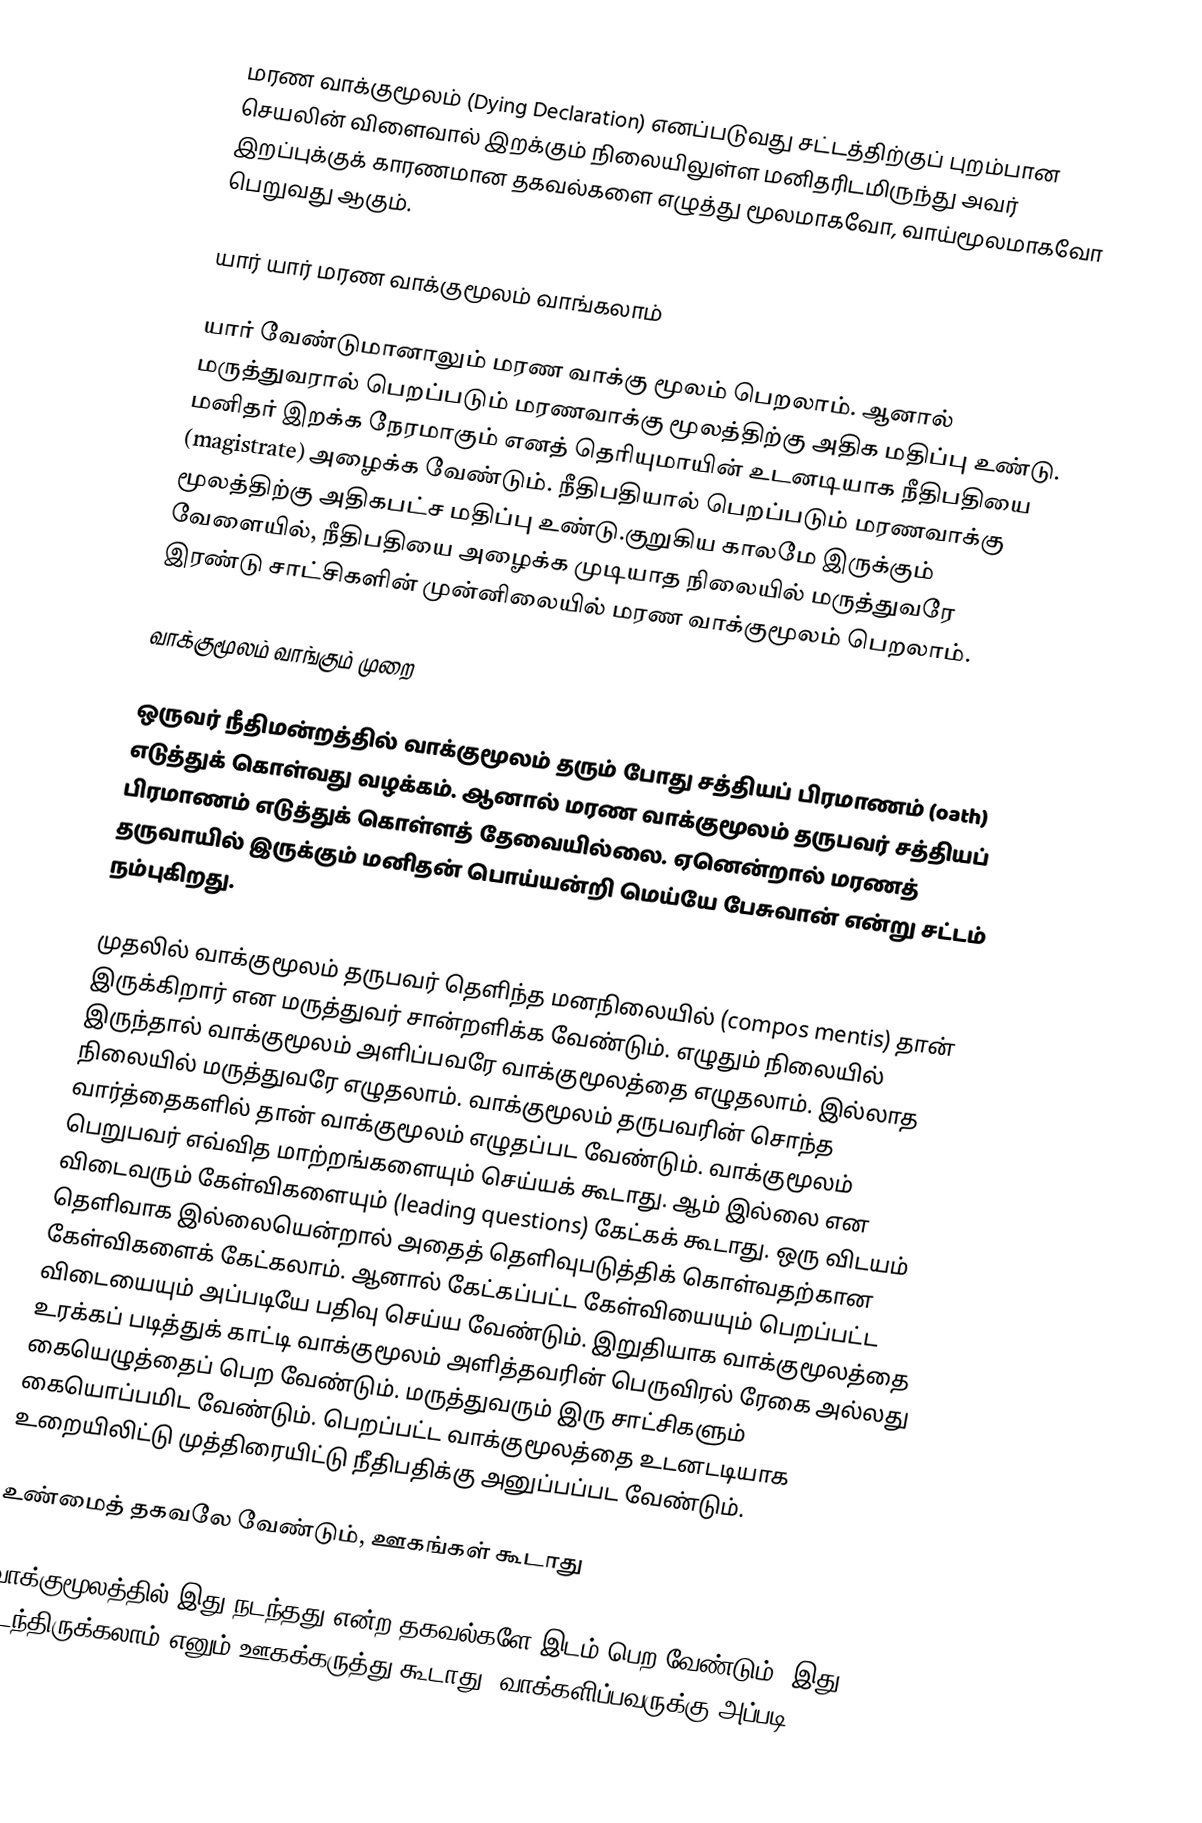
மரண வாக்குமூலம் (Dying Declaration) எனப்படுவது சட்டத்திற்குப் புறம்பான செயலின் விளைவால் இறக்கும் நிலையிலுள்ள மனிதரிடமிருந்து அவர் இறப்புக்குக் காரணமான தகவல்களை எழுத்து மூலமாகவோ, வாய்மூலமாகவோ பெறுவது ஆகும்.

யார் யார் மரண வாக்குமூலம் வாங்கலாம்

யார் வேண்டுமானாலும் மரண வாக்கு மூலம் பெறலாம். ஆனால் மருத்துவரால் பெறப்படும் மரணவாக்கு மூலத்திற்கு அதிக மதிப்பு உண்டு. மனிதர் இறக்க நேரமாகும் எனத் தெரியுமாயின் உடனடியாக நீதிபதியை (magistrate) அழைக்க வேண்டும். நீதிபதியால் பெறப்படும் மரணவாக்கு மூலத்திற்கு அதிகபட்ச மதிப்பு உண்டு.குறுகிய காலமே இருக்கும் வேளையில், நீதிபதியை அழைக்க முடியாத நிலையில் மருத்துவரே இரண்டு சாட்சிகளின் முன்னிலையில் மரண வாக்குமூலம் பெறலாம்.

வாக்குமூலம் வாங்கும் முறை

ஒருவர் நீதிமன்றத்தில் வாக்குமூலம் தரும் போது சத்தியப் பிரமாணம் (oath) எடுத்துக் கொள்வது வழக்கம். ஆனால் மரண வாக்குமூலம் தருபவர் சத்தியப் பிரமாணம் எடுத்துக் கொள்ளத் தேவையில்லை. ஏனென்றால் மரணத் தருவாயில் இருக்கும் மனிதன் பொய்யன்றி மெய்யே பேசுவான் என்று சட்டம் நம்புகிறது.

முதலில் வாக்குமூலம் தருபவர் தெளிந்த மனநிலையில் (compos mentis) தான் இருக்கிறார் என மருத்துவர் சான்றளிக்க வேண்டும். எழுதும் நிலையில் இருந்தால் வாக்குமூலம் அளிப்பவரே வாக்குமூலத்தை எழுதலாம். இல்லாத நிலையில் மருத்துவரே எழுதலாம். வாக்குமூலம் தருபவரின் சொந்த வார்த்தைகளில் தான் வாக்குமூலம் எழுதப்பட வேண்டும். வாக்குமூலம் பெறுபவர் எவ்வித மாற்றங்களையும் செய்யக் கூடாது. ஆம் இல்லை என விடைவரும் கேள்விகளையும் (leading questions) கேட்கக் கூடாது. ஒரு விடயம் தெளிவாக இல்லையென்றால் அதைத் தெளிவுபடுத்திக் கொள்வதற்கான கேள்விகளைக் கேட்கலாம். ஆனால் கேட்கப்பட்ட கேள்வியையும் பெறப்பட்ட விடையையும் அப்படியே பதிவு செய்ய வேண்டும். இறுதியாக வாக்குமூலத்தை உரக்கப் படித்துக் காட்டி வாக்குமூலம் அளித்தவரின் பெருவிரல் ரேகை அல்லது கையெழுத்தைப் பெற வேண்டும். மருத்துவரும் இரு சாட்சிகளும் கையொப்பமிட வேண்டும். பெறப்பட்ட வாக்குமூலத்தை உடனடடியாக உறையிலிட்டு முத்திரையிட்டு நீதிபதிக்கு அனுப்பப்பட வேண்டும்.

உண்மைத் தகவலே வேண்டும், ஊகங்கள் கூடாது

வாக்குமூலத்தில் இது நடந்தது என்ற தகவல்களே இடம் பெற வேண்டும். இது நடந்திருக்கலாம் எனும் ஊகக்கருத்து கூடாது. வாக்களிப்பவருக்கு அப்படி